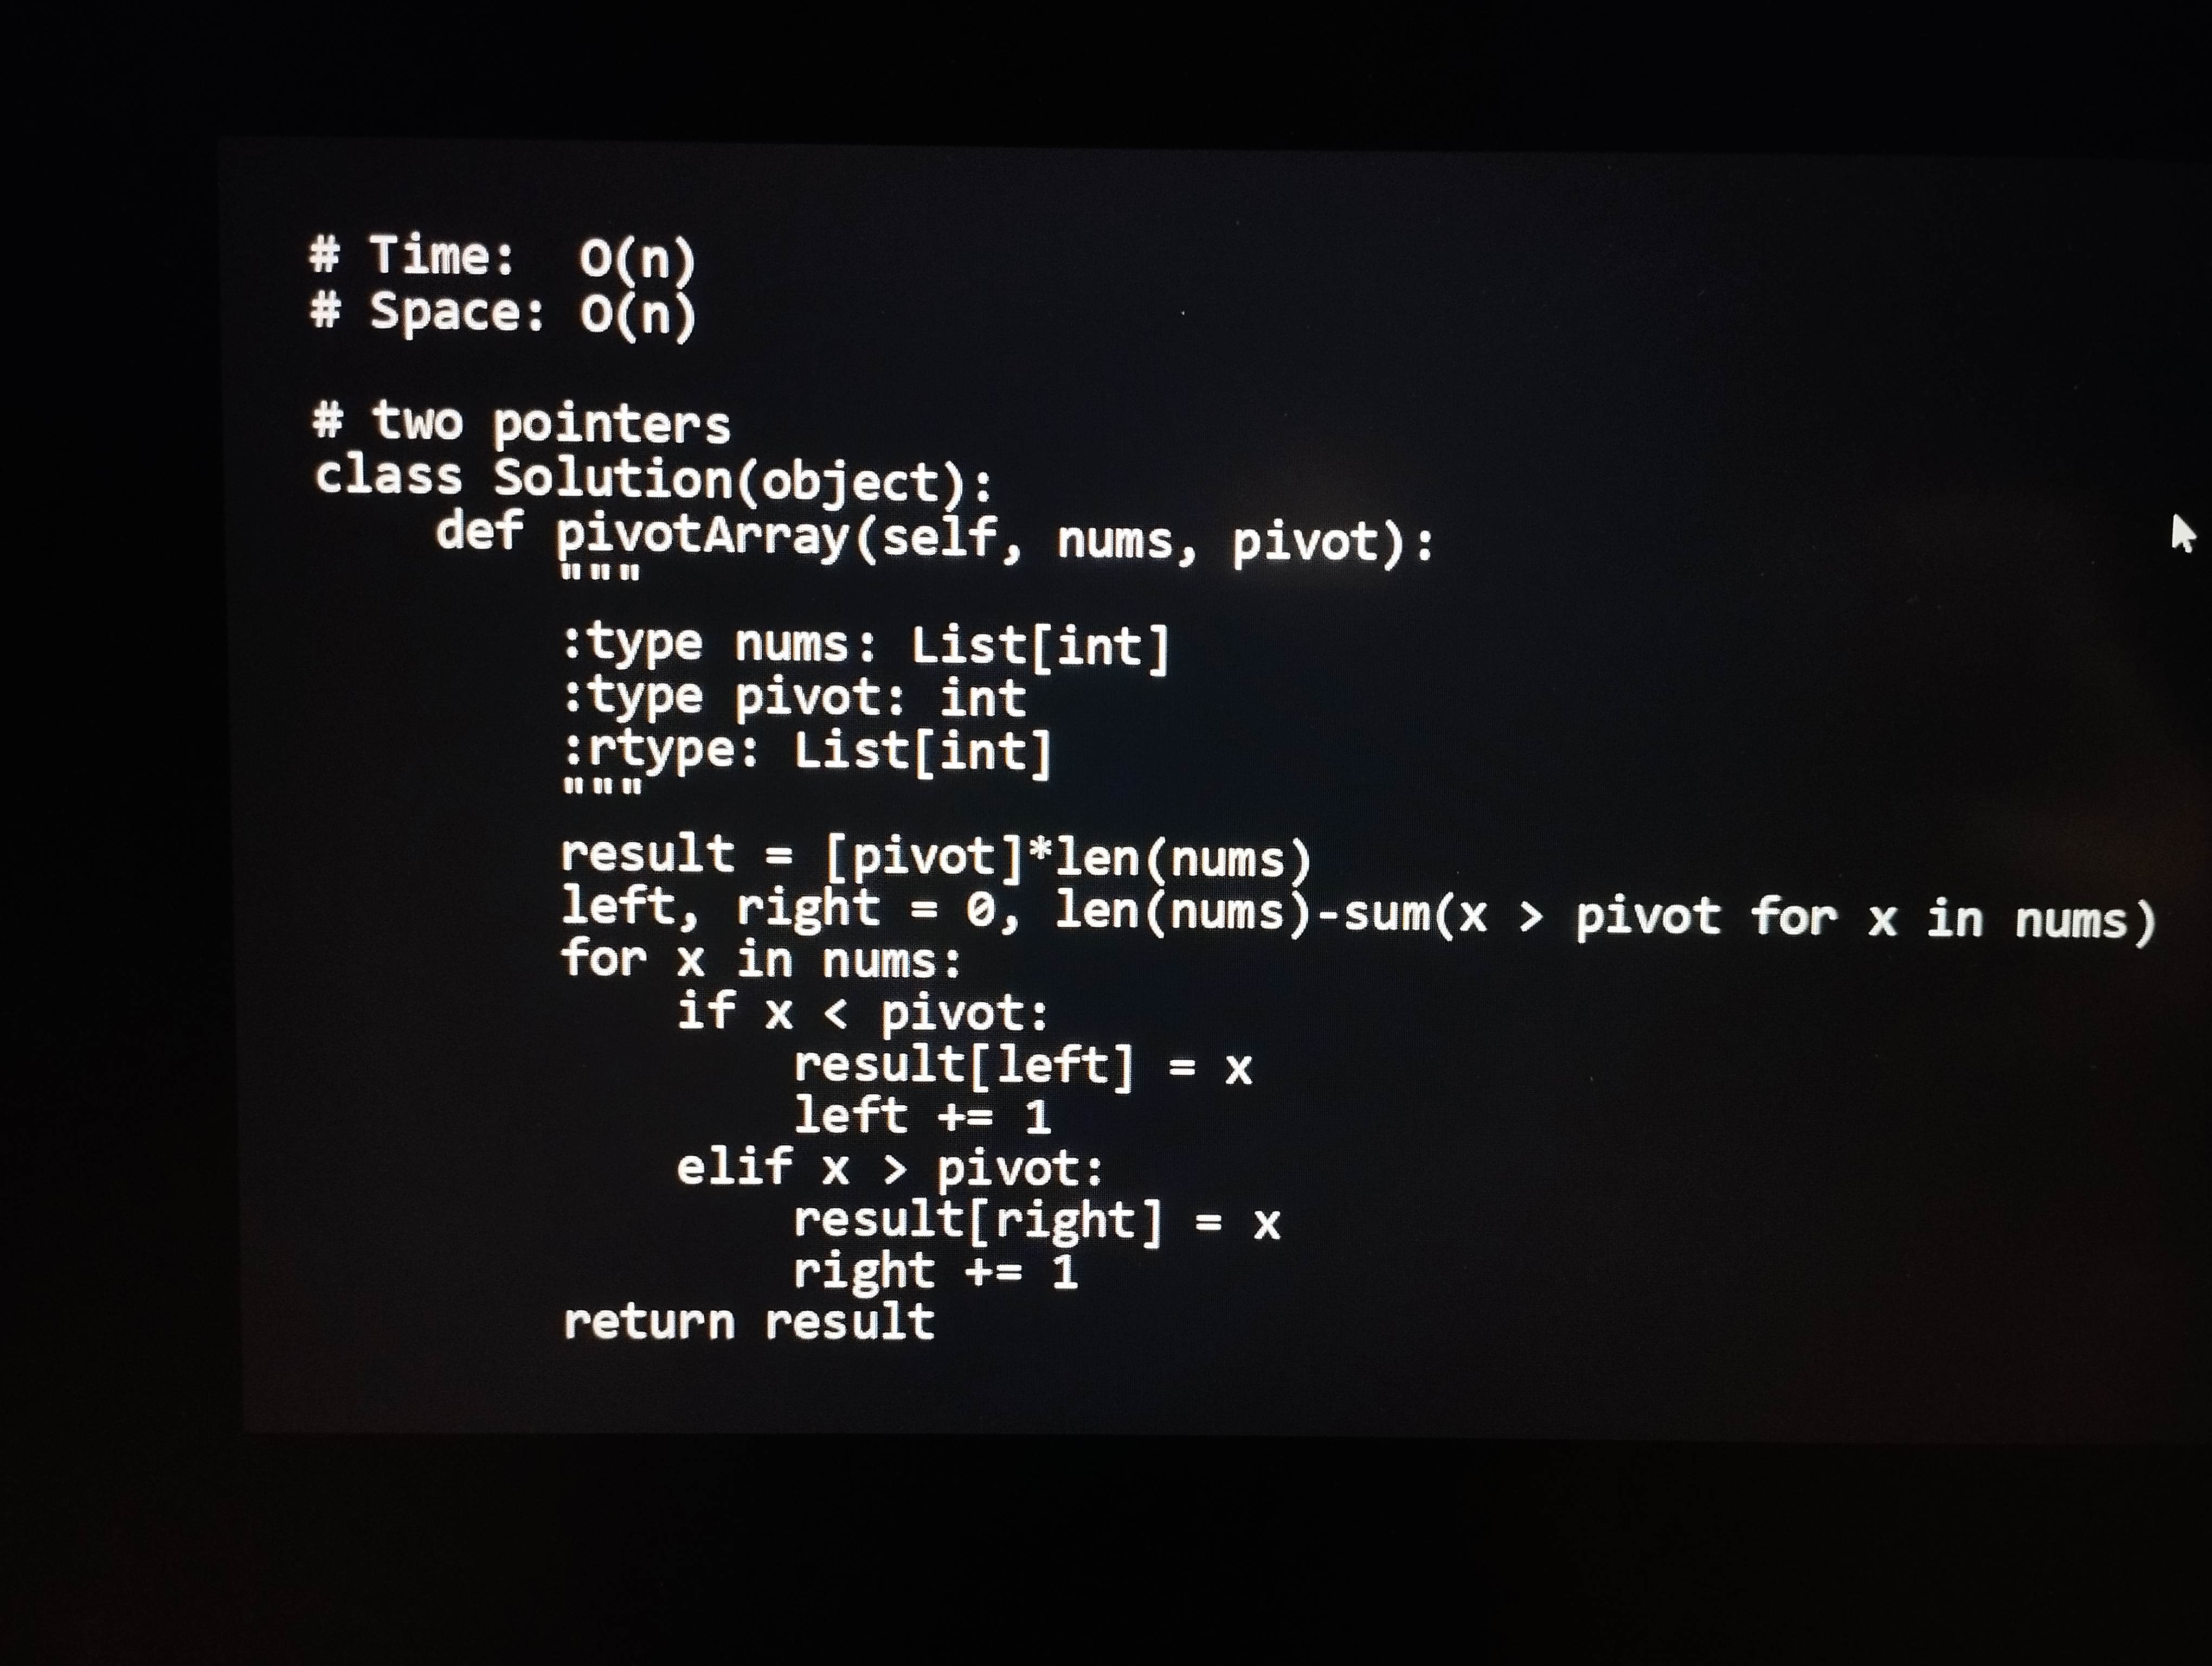
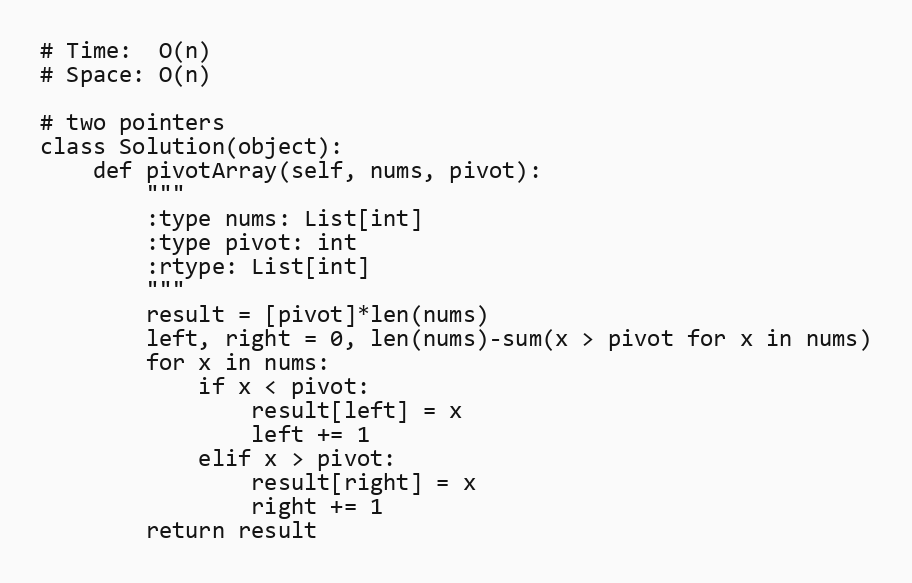
# Time:  O(n)
# Space: O(n)

# two pointers
class Solution(object):
    def pivotArray(self, nums, pivot):
        """
        :type nums: List[int]
        :type pivot: int
        :rtype: List[int]
        """
        result = [pivot]*len(nums)
        left, right = 0, len(nums)-sum(x > pivot for x in nums)
        for x in nums:
            if x < pivot:
                result[left] = x
                left += 1
            elif x > pivot:
                result[right] = x
                right += 1
        return result